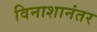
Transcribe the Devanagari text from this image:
विनाशानंतर